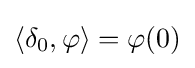
\langle \delta _{0},\varphi \rangle =\varphi (0)